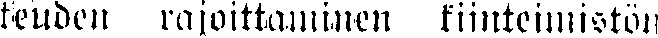
keuden rajoittaininen kiinteimistön